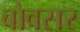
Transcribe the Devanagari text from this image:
बोवसर